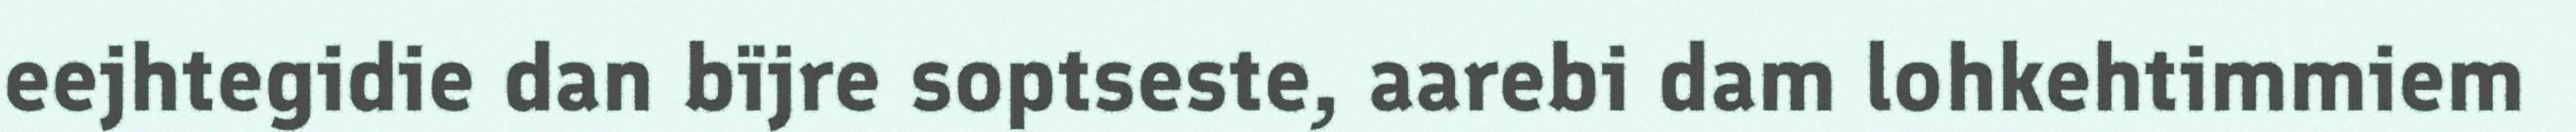
eejhtegidie dan bïjre soptseste, aarebi dam lohkehtimmiem